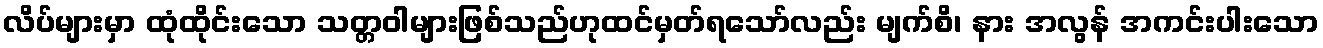
လိပ်များမှာ ထုံထိုင်းသော သတ္တဝါများဖြစ်သည်ဟုထင်မှတ်ရသော်လည်း မျက်စိ၊ နား အလွန် အကင်းပါးသော